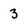
Character: 3